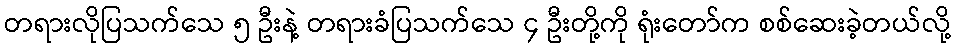
တရားလိုပြသက်သေ ၅ ဦးနဲ့ တရားခံပြသက်သေ ၄ ဦးတို့ကို ရုံးတော်က စစ်ဆေးခဲ့တယ်လို့